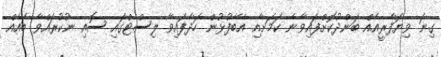
ގިނަ ވިޔަފާރީއެއް ބަންދުކޮށްފައިވާނެ ކަމަށާއި އެބޭފުޅުން ހަދާފައިވާ ލިސްޓްގައި ސޮއި ނުކުރައްވާ ބައެއް